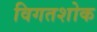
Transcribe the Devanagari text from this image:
विगतशोक